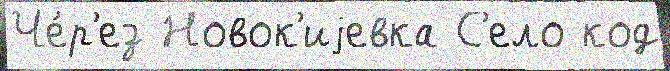
Че́р'ез Новок'иjевка С'ело код